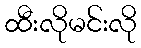
ထီးလိုမင်းလို